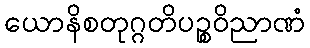
ယောနိစတုဂ္ဂတိပဉ္စဝိညာဏံ